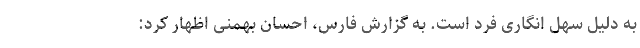
به دلیل سهل انگاری فرد است. به گزارش فارس، احسان بهمنی اظهار کرد: